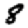
Digit: 8